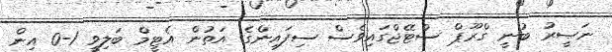
ނަޞީރު ބުނީ ގްރޫޕް ސްޓޭޖްގައިވެސް ސިފައިންގެ އަތުން އެޓީމް ބަލިވީ 1-0 އިން